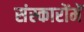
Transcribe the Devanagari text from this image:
संस्कारोंमें